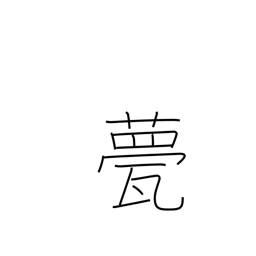
Meaning: roof tile